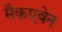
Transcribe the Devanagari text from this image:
मैकएवेन